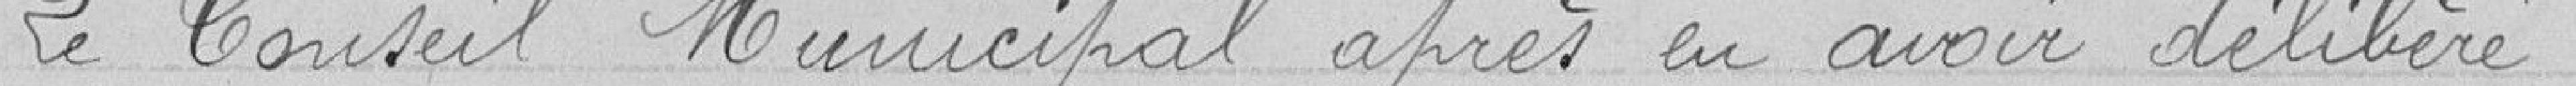
Le Conseil Municipal après en avoir délibéré :